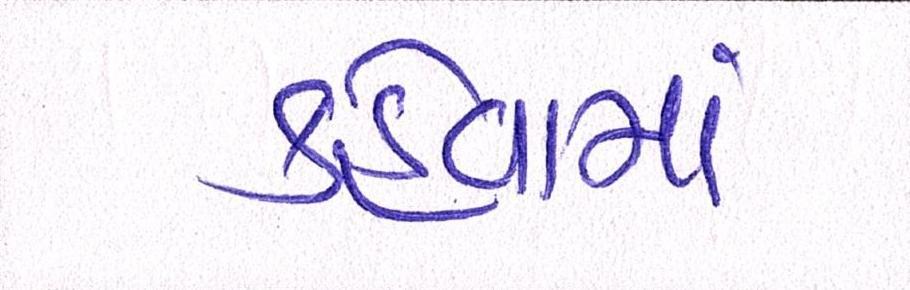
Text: કહેવામાં